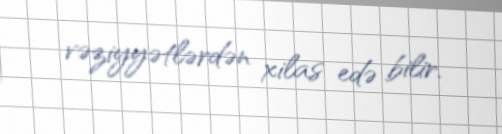
vəziyyətlərdən xilas edə bilir.